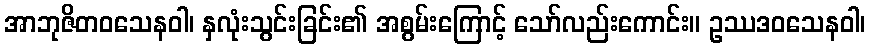
အာဘုဇိတဝသေနဝါ၊ နှလုံးသွင်းခြင်း၏ အစွမ်းကြောင့် သော်လည်းကောင်း။ ဥဿဒဝသေနဝါ၊